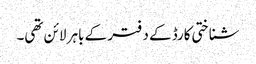
شناختی کارڈ کے دفتر کے باہر لائن تھی۔